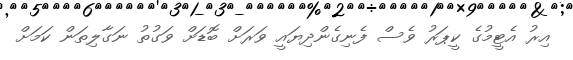
އިރު އެޓީމުގެ ކީޕަރު ވެސް ފެނިގެންދިޔައީ ވަރަށް ބޮޑަށް ވަގުތު ނަގާލިތަން ކަމަށް